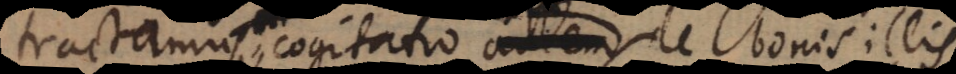
tractamus, cogitatio autem de bonis illis